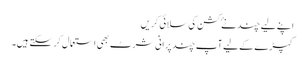
اپنے لیے چند نۓ کشن کی سلائی کریں
کپڑے کے لیے آپ چند پرانی شرٹ بھی استعمال کر سکتے ہیں۔